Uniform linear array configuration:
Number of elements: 64
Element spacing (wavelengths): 0.75
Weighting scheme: binomial
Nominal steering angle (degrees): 15
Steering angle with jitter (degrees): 13.989
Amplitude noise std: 0.05
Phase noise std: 0.05

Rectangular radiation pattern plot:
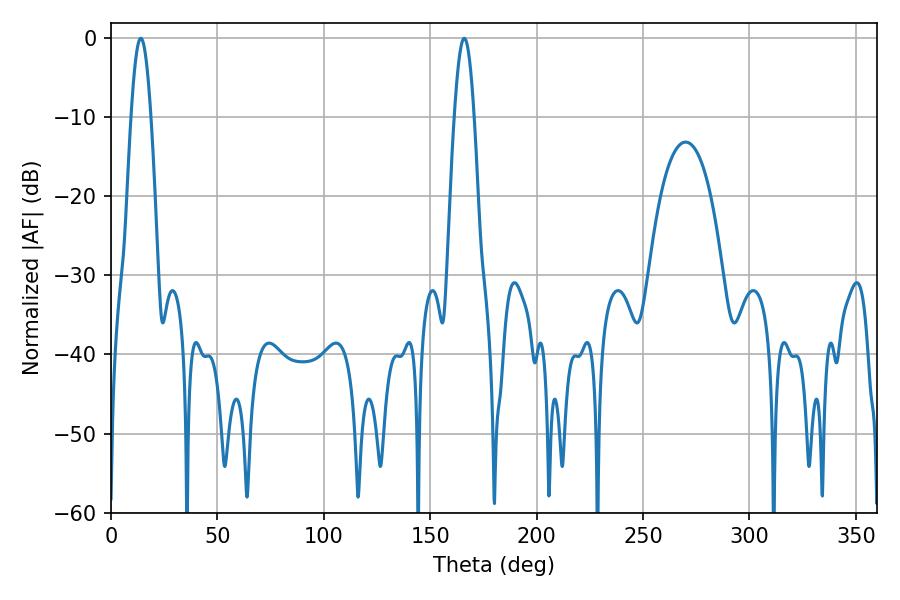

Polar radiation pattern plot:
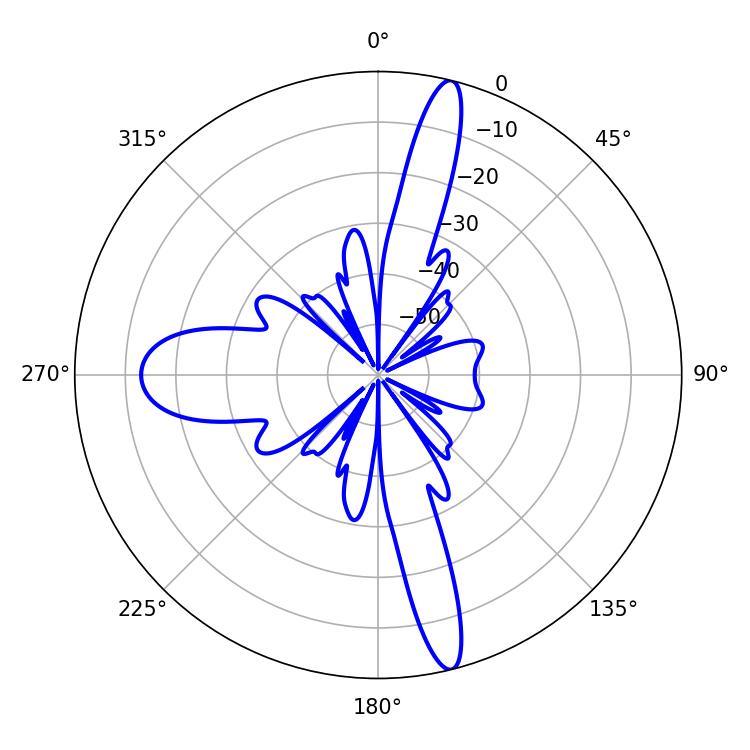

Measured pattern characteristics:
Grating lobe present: TRUE
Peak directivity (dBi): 17.904
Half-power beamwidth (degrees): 5.04
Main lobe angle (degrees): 14.04